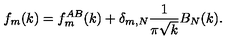
f _ { m } ( k ) = f _ { m } ^ { A B } ( k ) + \delta _ { m , N } { \frac { 1 } { \pi \sqrt { k } } } B _ { N } ( k ) .